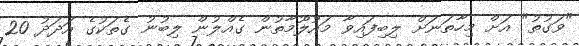
"ވަގުތު" އަށް މިހާތަނަށް ލިބިފައިވާ މައުލޫމާތުން ގެއްލުން ލިބުނު ގެތަކުގެ އަދަދު 20